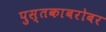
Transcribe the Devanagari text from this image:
पुस्तकाबरोबर